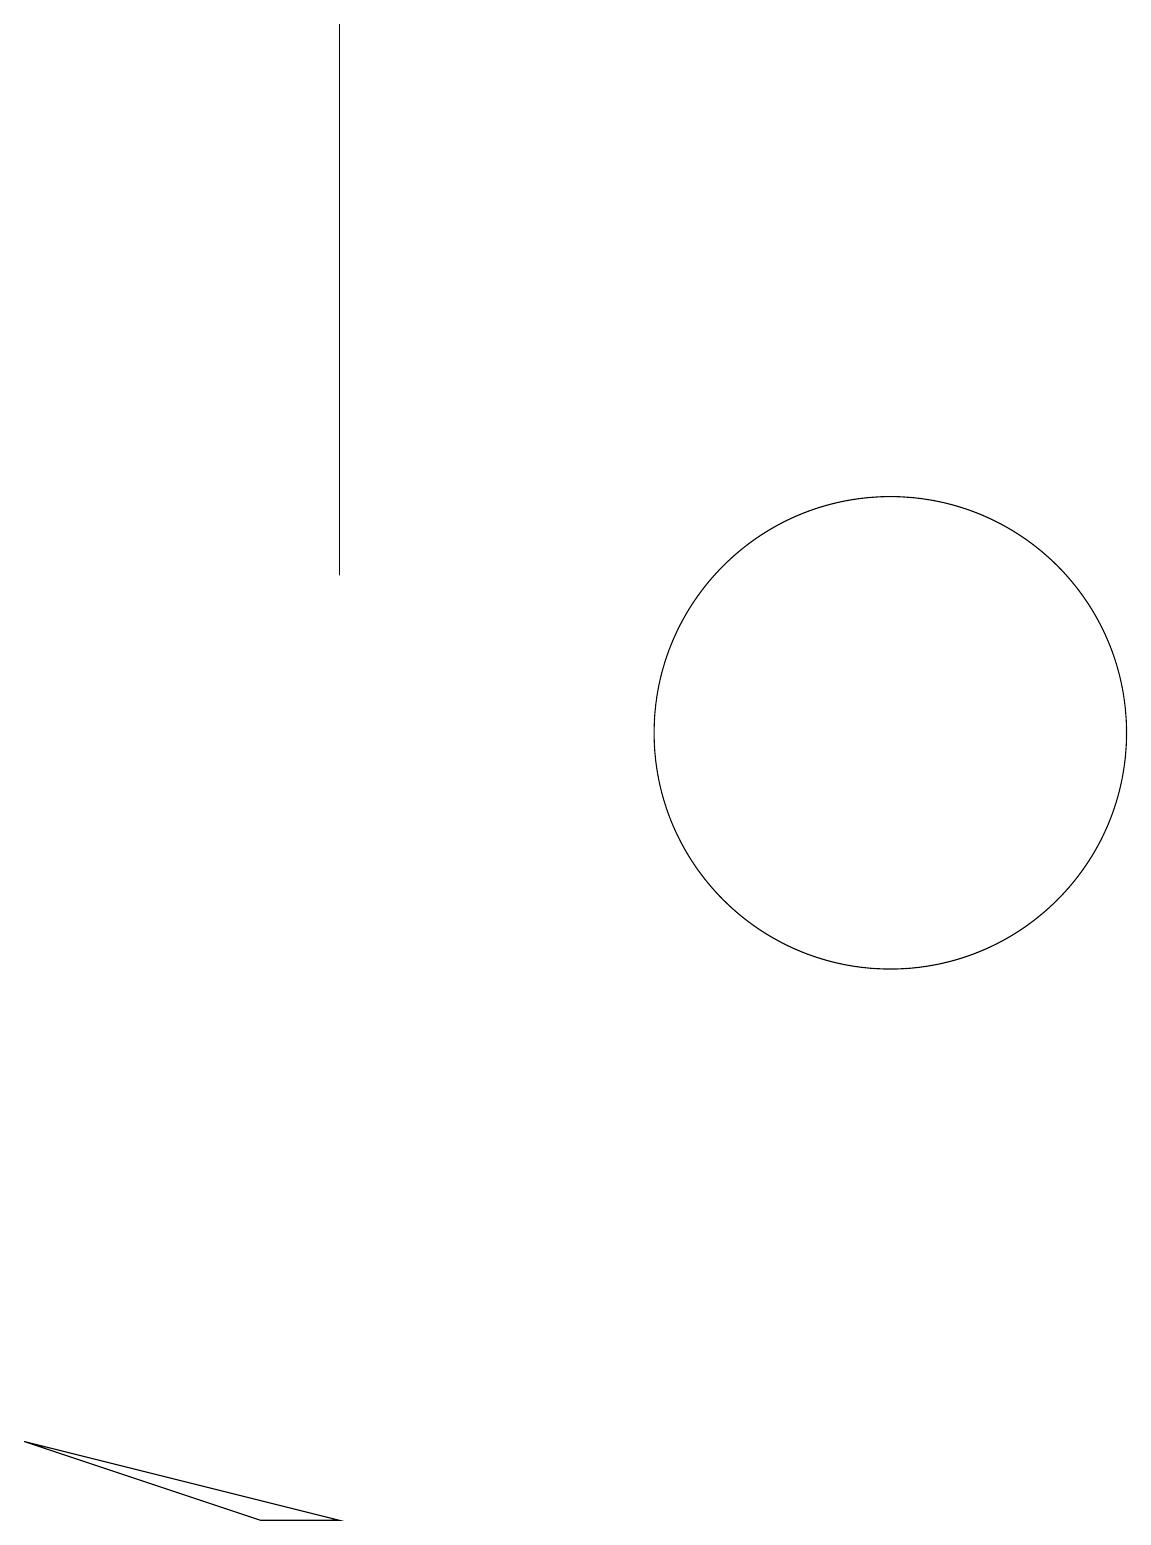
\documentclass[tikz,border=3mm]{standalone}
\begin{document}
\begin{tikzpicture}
\draw (4,12) rectangle (4,19);
\draw (11,12) circle (0);
\draw (11,10) circle (3);
\draw (0,1) -- (4,0) -- (3,0) -- cycle;
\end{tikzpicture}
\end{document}